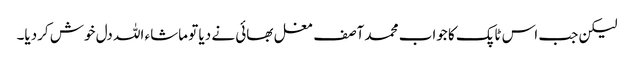
لیکن جب اس ٹاپک کا جواب محمد آصف مغل بھائی نے دیا تو ماشاء اللہ دل خوش کردیا۔